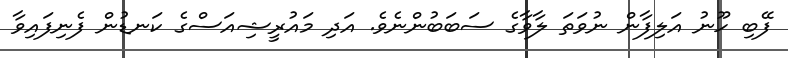
ފޭބި ހޫނު އަލިފާން ނުވަތަ ލާވާގެ ސަބަބުންނެވެ. އަދި މައުރީޝިއަސްގެ ކަނޑުން ފެނިފައިވާ